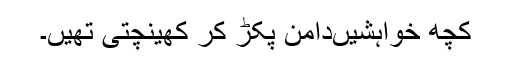
کچھ خواہشیںدامن پکڑ کر کھینچتی تھیں۔